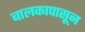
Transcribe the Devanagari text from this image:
बालकापासून